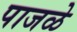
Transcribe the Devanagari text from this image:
पाजळे